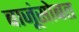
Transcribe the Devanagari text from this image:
बाजूंसोबत